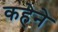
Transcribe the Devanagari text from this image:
कहेने